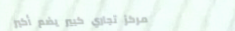
مركز تجاري كبير يضم أكبر